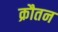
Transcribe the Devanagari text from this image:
क्रौतन